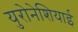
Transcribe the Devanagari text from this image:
युरोनेशियाई